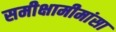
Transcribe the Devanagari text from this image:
समीक्षामीमांसा